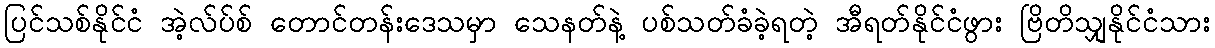
ပြင်သစ်နိုင်ငံ အဲ့လ်ပ်စ် တောင်တန်းဒေသမှာ သေနတ်နဲ့ ပစ်သတ်ခံခဲ့ရတဲ့ အီရတ်နိုင်ငံဖွား ဗြိတိသျှနိုင်ငံသား